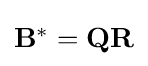
{\textstyle \mathbf {B} ^{*}=\mathbf {Q} \mathbf {R} }